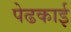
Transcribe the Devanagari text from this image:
पेढकाई